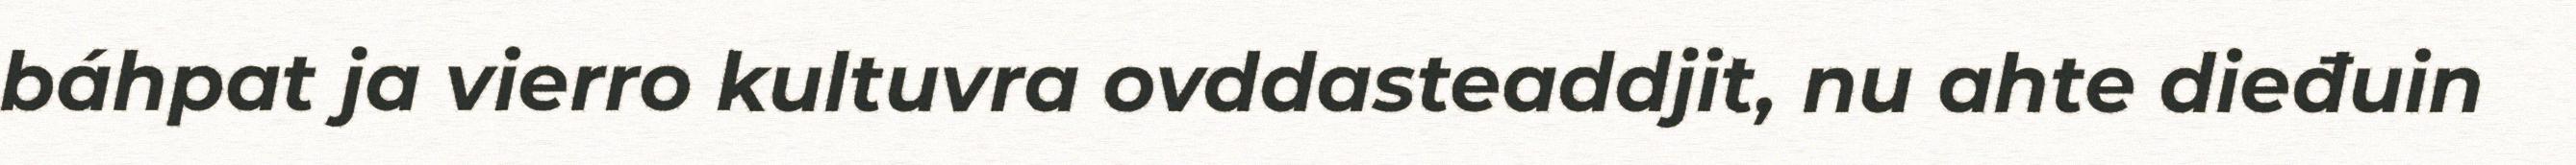
báhpat ja vierro kultuvra ovddasteaddjit, nu ahte dieđuin